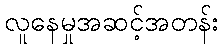
လူနေမှုအဆင့်အတန်း